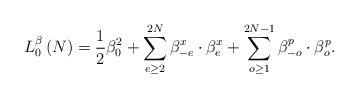
LaTeX: \begin{align*}L_{0}^{\beta }\left( N\right) =\frac{1}{2}\beta _{0}^{2}+\sum_{e\geq2}^{2N}\beta _{-e}^{x}\cdot \beta _{e}^{x}+\sum_{o\geq 1}^{2N-1}\beta_{-o}^{p}\cdot \beta _{o}^{p}. \end{align*}